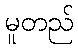
မူတည်